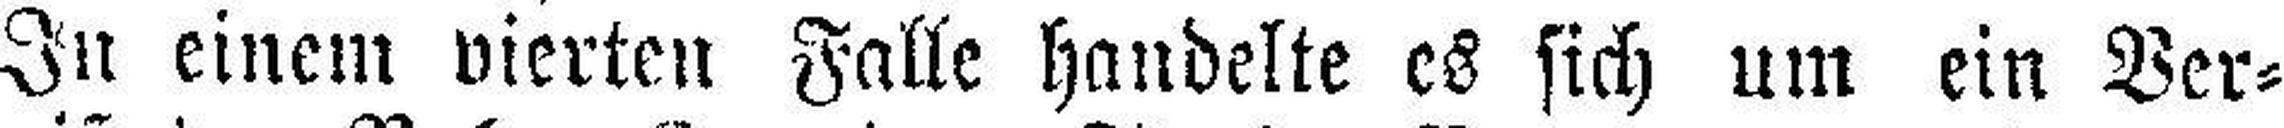
In einem vierten Falle handelte es sich um ein Ver¬